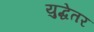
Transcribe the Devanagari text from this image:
युद्धेतर